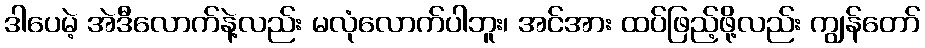
ဒါပေမဲ့ အဲဒီလောက်နဲ့လည်း မလုံလောက်ပါဘူး၊ အင်အား ထပ်ဖြည့်ဖို့လည်း ကျွန်တော်